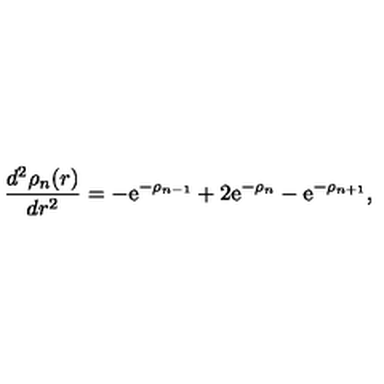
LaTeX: \frac { d ^ { 2 } \rho _ { n } ( r ) } { d r ^ { 2 } } = - \mathrm { e } ^ { - \rho _ { n - 1 } } + 2 \mathrm { e } ^ { - \rho _ { n } } - \mathrm { e } ^ { - \rho _ { n + 1 } } ,